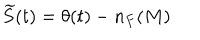
\widetilde { S } ( t ) = \theta ( t ) - n _ { F } ( M )